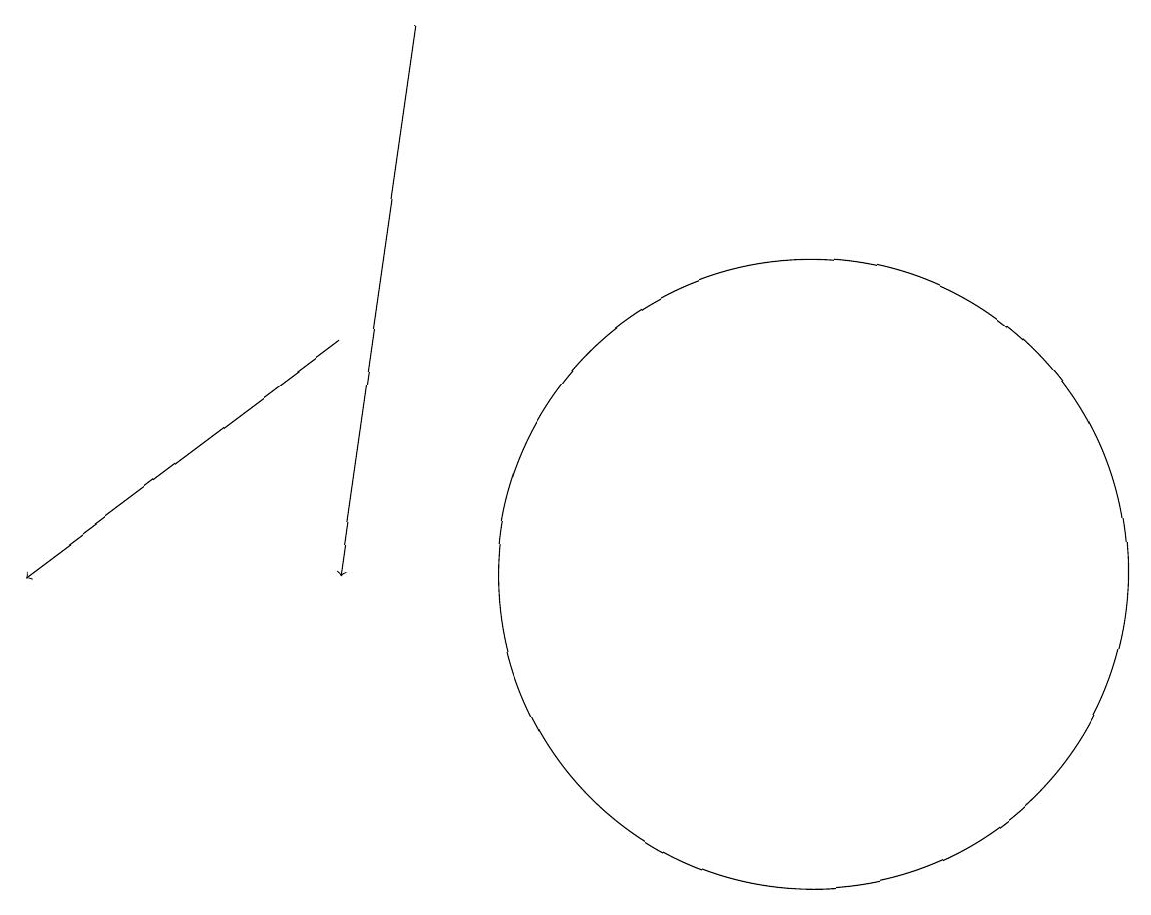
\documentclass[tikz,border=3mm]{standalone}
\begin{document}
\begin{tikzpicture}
\draw (10,11) circle (4);
\draw[->] (5,18) -- (4,11);
\draw[->] (4,14) -- (0,11);
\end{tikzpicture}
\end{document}